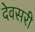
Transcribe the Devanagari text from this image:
देवसरी